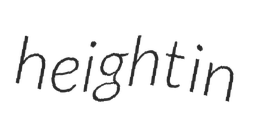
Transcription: height in